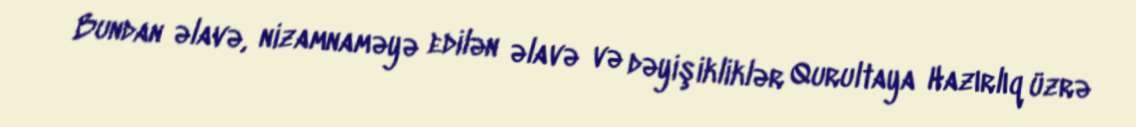
Bundan əlavə, nizamnaməyə edilən əlavə və dəyişikliklər Qurultaya Hazırlıq üzrə